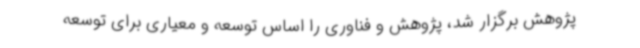
پژوهش برگزار شد، پژوهش و فناوری را اساس توسعه و معیاری برای توسعه